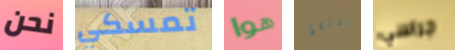
نحن تمسكي هوا تحتوي جراسي